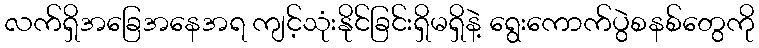
လက်ရှိအခြေအနေအရ ကျင့်သုံးနိုင်ခြင်းရှိမရှိနဲ့ ရွေးကောက်ပွဲစနစ်တွေကို